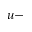
u -